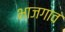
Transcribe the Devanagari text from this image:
भाजगाव